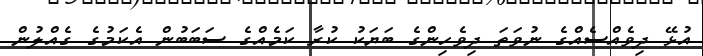
އުޅޭ ދިވެއްސެއްގެ ނުވަތަ ދިވެހިންގެ ބަޔަކު ކުރާ ކަމެއްގެ ސަބަބުން އެކަމުގެ ގެއްލުން